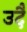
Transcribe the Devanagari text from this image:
उदै